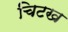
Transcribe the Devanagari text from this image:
चिटख